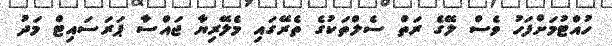
ހުއްޓުމަށްފަހު ވެސް ލޭގެ ރަތް ސެލްތަކުގެ ތެރޭގައި މެލޭރިޔާ ޖައްސާ ޕަރަސައިޓް މަދު